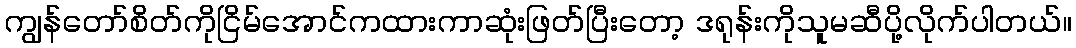
ကျွန်တော်စိတ်ကိုငြိမ်အောင်ကထားကာဆုံးဖြတ်ပြီးတော့ ဒရုန်းကိုသူမဆီပို့လိုက်ပါတယ်။